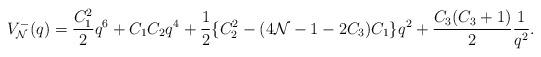
LaTeX: \begin{align*}V_{\cal N}^-(q) = \frac{C_1^2}{2} q^6 + C_1 C_2 q^4 + \frac12\{C_2^2-(4 {\cal N}-1-2 C_3) C_1\} q^2+\frac{C_3(C_3 + 1)}{2}\frac{1}{q^2}. \end{align*}